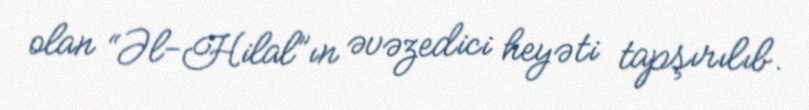
olan “Əl-Hilal”ın əvəzedici heyəti tapşırılıb.